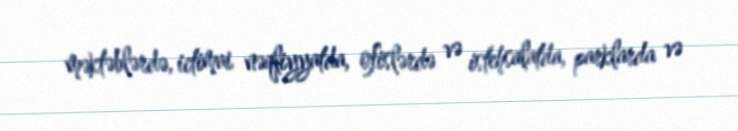
məktəblərdə, ictimai nəqliyyatda, ofislərdə və istehsalatda, parklarda və